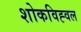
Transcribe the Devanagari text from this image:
शोकविह्वल